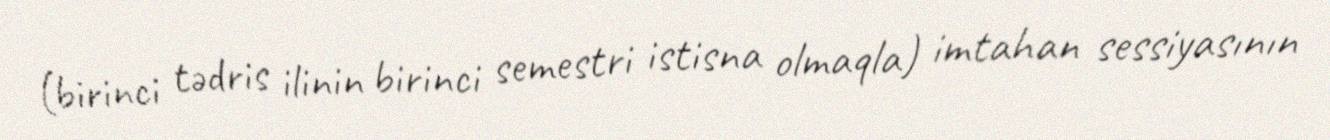
(birinci tədris ilinin birinci semestri istisna olmaqla) imtahan sessiyasının